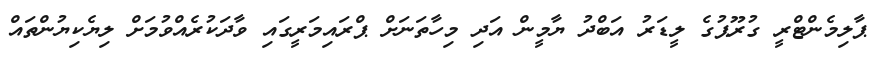
ޕާލިމެންޓްރީ ގުރޫޕުގެ ލީޑަރު އަބްދު ޔާމީން އަދި މިހާތަނަށް ޕްރައިމަރީގައި ވާދަކުރެއްވުމަށް ލިޔެކިޔުންތައް